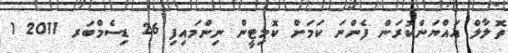
ތޮލާލް އައްޔަންކުރަން ފެންނަ ކަމަށް ކޮމިޓީން ނިންމައިފި 26 ޑިސެމްބަރ 2011 1